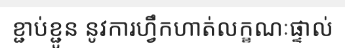
ខ្ជាប់ខ្ជូន នូវការហ្វឹកហាត់លក្ខណៈផ្ទាល់